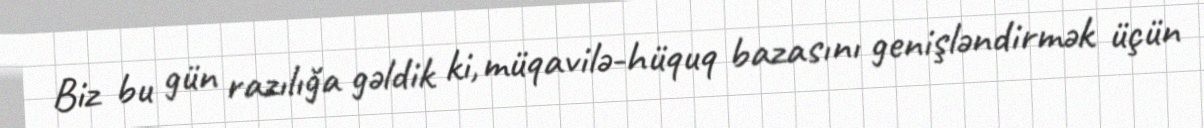
Biz bu gün razılığa gəldik ki, müqavilə-hüquq bazasını genişləndirmək üçün